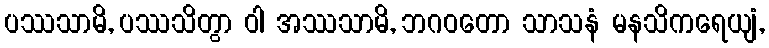
ပဿသာမိ, ပဿသိတွာ ဝါ အဿသာမိ, ဘဂဝတော သာသနံ မနသိကရေယျံ,